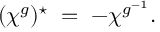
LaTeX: ( \chi ^ { g } ) ^ { \star } \; = \; - \chi ^ { g ^ { - 1 } } .